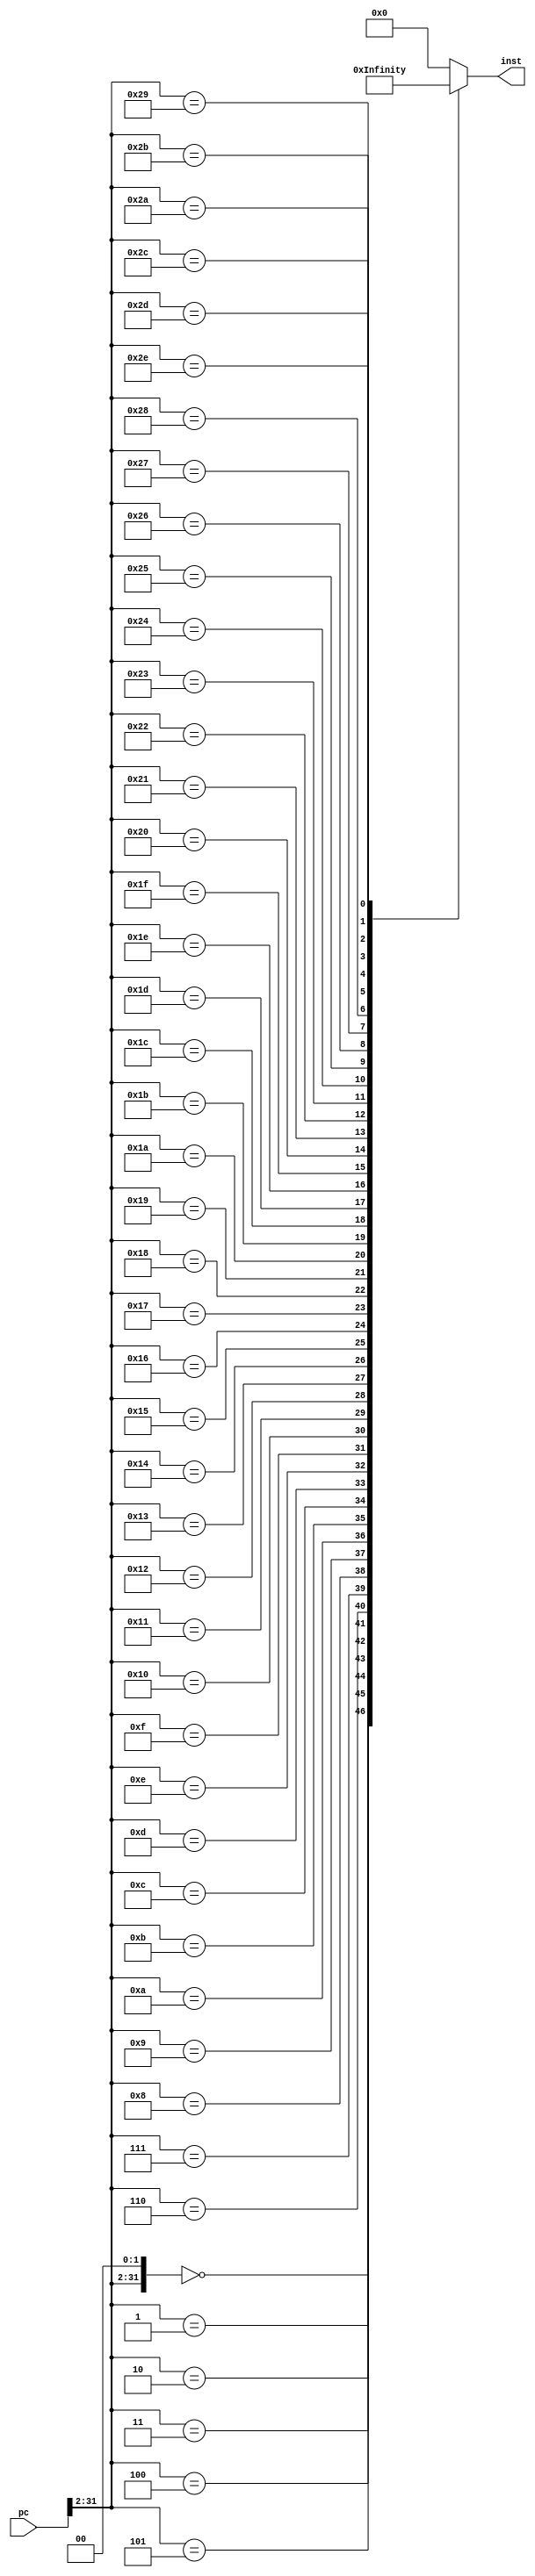
module InstructionMemory #(
    parameter Count = 1024
)(
    input [31:0] pc,
    output reg [31:0] inst
);
    wire [31:0] adr;
    assign adr = {pc[31:2], 2'b00}; // Align address to the word boundary

    always @(adr) begin
        case (adr)
            32'd0:   inst = 32'b1110_00_1_1101_0_0000_0000_000000010100; // MOV   R0,  #20            -> R0 = 20
            32'd4:   inst = 32'b1110_00_1_1101_0_0000_0001_101000000001; // MOV   R1,  #4096          -> R1 = 4096
            32'd8:   inst = 32'b1110_00_1_1101_0_0000_0010_000100000011; // MOV   R2,  #0xC00000000   -> R2 = -1073741824
            32'd12:  inst = 32'b1110_00_0_0100_1_0010_0011_000000000010; // ADDS  R3,  R2, R2         -> R3 = -2147483648
            32'd16:  inst = 32'b1110_00_0_0101_0_0000_0100_000000000000; // ADC   R4,  R0, R0         -> R4 = 41
            32'd20:  inst = 32'b1110_00_0_0010_0_0100_0101_000100000100; // SUB   R5,  R4, R4, LSL #2 -> R5= -123
            32'd24:  inst = 32'b1110_00_0_0110_0_0000_0110_000010100000; // SBC   R6,  R0, R0, LSR #1 -> R6 = 10
            32'd28:  inst = 32'b1110_00_0_1100_0_0101_0111_000101000010; // ORR   R7,  R5, R2, ASR #2 -> R7 = -123
            32'd32:  inst = 32'b1110_00_0_0000_0_0111_1000_000000000011; // AND   R8,  R7, R3         -> R8 = -2147483648
            32'd36:  inst = 32'b1110_00_0_1111_0_0000_1001_000000000110; // MVN   R9,  R6             -> R9 = -11
            32'd40:  inst = 32'b1110_00_0_0001_0_0100_1010_000000000101; // EOR   R10, R4, R5         -> R10 = -84
            32'd44:  inst = 32'b1110_00_0_1010_1_1000_0000_000000000110; // CMP   R8,  R6             -> z = 0
            32'd48:  inst = 32'b0001_00_0_0100_0_0001_0001_000000000001; // ADDNE R1,  R1, R1         -> R1 = 8192
            32'd52:  inst = 32'b1110_00_0_1000_1_1001_0000_000000001000; // TST   R9,  R8             -> z = 0
            32'd56:  inst = 32'b0000_00_0_0100_0_0010_0010_000000000010; // ADDEQ R2,  R2, R2         -> R2 = -1073741824
            32'd60:  inst = 32'b1110_00_1_1101_0_0000_0000_101100000001; // MOV   R0,  #1024          -> R0 = 1024
            32'd64:  inst = 32'b1110_01_0_0100_0_0000_0001_000000000000; // STR   R1,  [R0], #0       -> MEM[1024] = 8192
            32'd68:  inst = 32'b1110_01_0_0100_1_0000_1011_000000000000; // LDR   R11, [R0], #0       -> R11 = 8192
            32'd72:  inst = 32'b1110_01_0_0100_0_0000_0010_000000000100; // STR   R2,  [R0], #4       -> MEM[1028] = -1073741824
            32'd76:  inst = 32'b1110_01_0_0100_0_0000_0011_000000001000; // STR   R3,  [R0], #8       -> MEM[1032] = -2147483648
            32'd80:  inst = 32'b1110_01_0_0100_0_0000_0100_000000001101; // STR   R4,  [R0], #13      -> MEM[1036] = 41
            32'd84:  inst = 32'b1110_01_0_0100_0_0000_0101_000000010000; // STR   R5,  [R0], #16      -> MEM[1040] = -123
            32'd88:  inst = 32'b1110_01_0_0100_0_0000_0110_000000010100; // STR   R6,  [R0], #20      -> MEM[1044] = 10
            32'd92:  inst = 32'b1110_01_0_0100_1_0000_1010_000000000100; // LDR   R10, [R0], #4       -> R10 = -1073741824
            32'd96:  inst = 32'b1110_01_0_0100_0_0000_0111_000000011000; // STR   R7,  [R0], #24      -> MEM[1048] = -123
            32'd100: inst = 32'b1110_00_1_1101_0_0000_0001_000000000100; // MOV   R1,  #4             -> R1 = 4
            32'd104: inst = 32'b1110_00_1_1101_0_0000_0010_000000000000; // MOV   R2,  #0             -> R2 = 0
            32'd108: inst = 32'b1110_00_1_1101_0_0000_0011_000000000000; // MOV   R3,  #0             -> R3 = 0
            32'd112: inst = 32'b1110_00_0_0100_0_0000_0100_000100000011; // ADD   R4,  R0, R3, LSL #2 -> R4 = 1024
            32'd116: inst = 32'b1110_01_0_0100_1_0100_0101_000000000000; // LDR   R5,  [R4], #0       -> R5 = 8192
            32'd120: inst = 32'b1110_01_0_0100_1_0100_0110_000000000100; // LDR   R6,  [R4], #4       -> R6 = -1073741824
            32'd124: inst = 32'b1110_00_0_1010_1_0101_0000_000000000110; // CMP   R5,  R6             -> z = 0, n = 0, v = 0
            32'd128: inst = 32'b1100_01_0_0100_0_0100_0110_000000000000; // STRGT R6,  [R4], #0       -> MEM[1024] = -1073741824
            32'd132: inst = 32'b1100_01_0_0100_0_0100_0101_000000000100; // STRGT R5,  [R4], #4       -> MEM[1028] = 8192
            32'd136: inst = 32'b1110_00_1_0100_0_0011_0011_000000000001; // ADD   R3,  R3,   #1       -> R3 = 1
            32'd140: inst = 32'b1110_00_1_1010_1_0011_0000_000000000011; // CMP   R3,  #3             -> z = 0, n = 1, v = 0
            32'd144: inst = 32'b1011_10_1_0_111111111111111111110111;    // BLT   #-9                 -> PC = 32'd112
            32'd148: inst = 32'b1110_00_1_0100_0_0010_0010_000000000001; // ADD   R2,  R2,   #1       -> R2 = -2147483648
            32'd152: inst = 32'b1110_00_0_1010_1_0010_0000_000000000001; // CMP   R2,  R1             -> z = 0, n = 1, v = 0
            32'd156: inst = 32'b1011_10_1_0_111111111111111111110011;    // BLT   #-13                -> PC = 32'd112
            32'd160: inst = 32'b1110_01_0_0100_1_0000_0001_000000000000; // LDR   R1,  [R0], #0       -> R1 = -2147483648
            32'd164: inst = 32'b1110_01_0_0100_1_0000_0010_000000000100; // LDR   R2,  [R0], #4       -> R2 = -1073741824
            32'd168: inst = 32'b1110_01_0_0100_1_0000_0011_000000001000; // LDR   R3,  [R0], #8       -> R3 = 41
            32'd172: inst = 32'b1110_01_0_0100_1_0000_0100_000000001100; // LDR   R4,  [R0], #12      -> R4 = 8192
            32'd176: inst = 32'b1110_01_0_0100_1_0000_0101_000000010000; // LDR   R5,  [R0], #16      -> R5 = -123
            32'd180: inst = 32'b1110_01_0_0100_1_0000_0110_000000010100; // LDR   R6,  [R0], #20      -> R4 = 10
            32'd184: inst = 32'b1110_10_1_0_111111111111111111111111;    // B     #-1                 -> PC = 32'd184 (infinite loop)
            default: inst = 32'd0;
        endcase
    end
endmodule